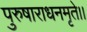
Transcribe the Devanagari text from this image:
पुरुषाराधनमृते।।